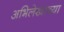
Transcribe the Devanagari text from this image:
अभिलेखाच्या